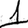
Digit: 1